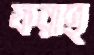
ফরাহ